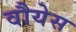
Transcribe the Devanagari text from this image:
वौयेस